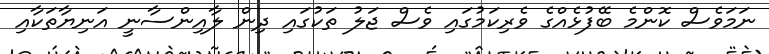
ނަމަވެސް ކޮންމެ ބޭފުޅެއްގެ ވެރިކަމުގައި ވެސް ޖަލު ތަކުގައި ދިން ލާއިންސާނީ އަނިޔާތަކާއި